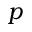
p